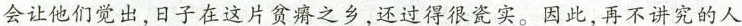
会让他们觉出，日子在这片贫瘠之乡，还过得很瓷实。因此，再不讲究的人